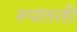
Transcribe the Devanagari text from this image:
रूपांतरही